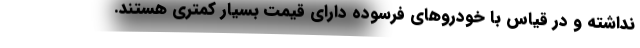
نداشته و در قیاس با خودروهای فرسوده دارای قیمت بسیار کمتری هستند.